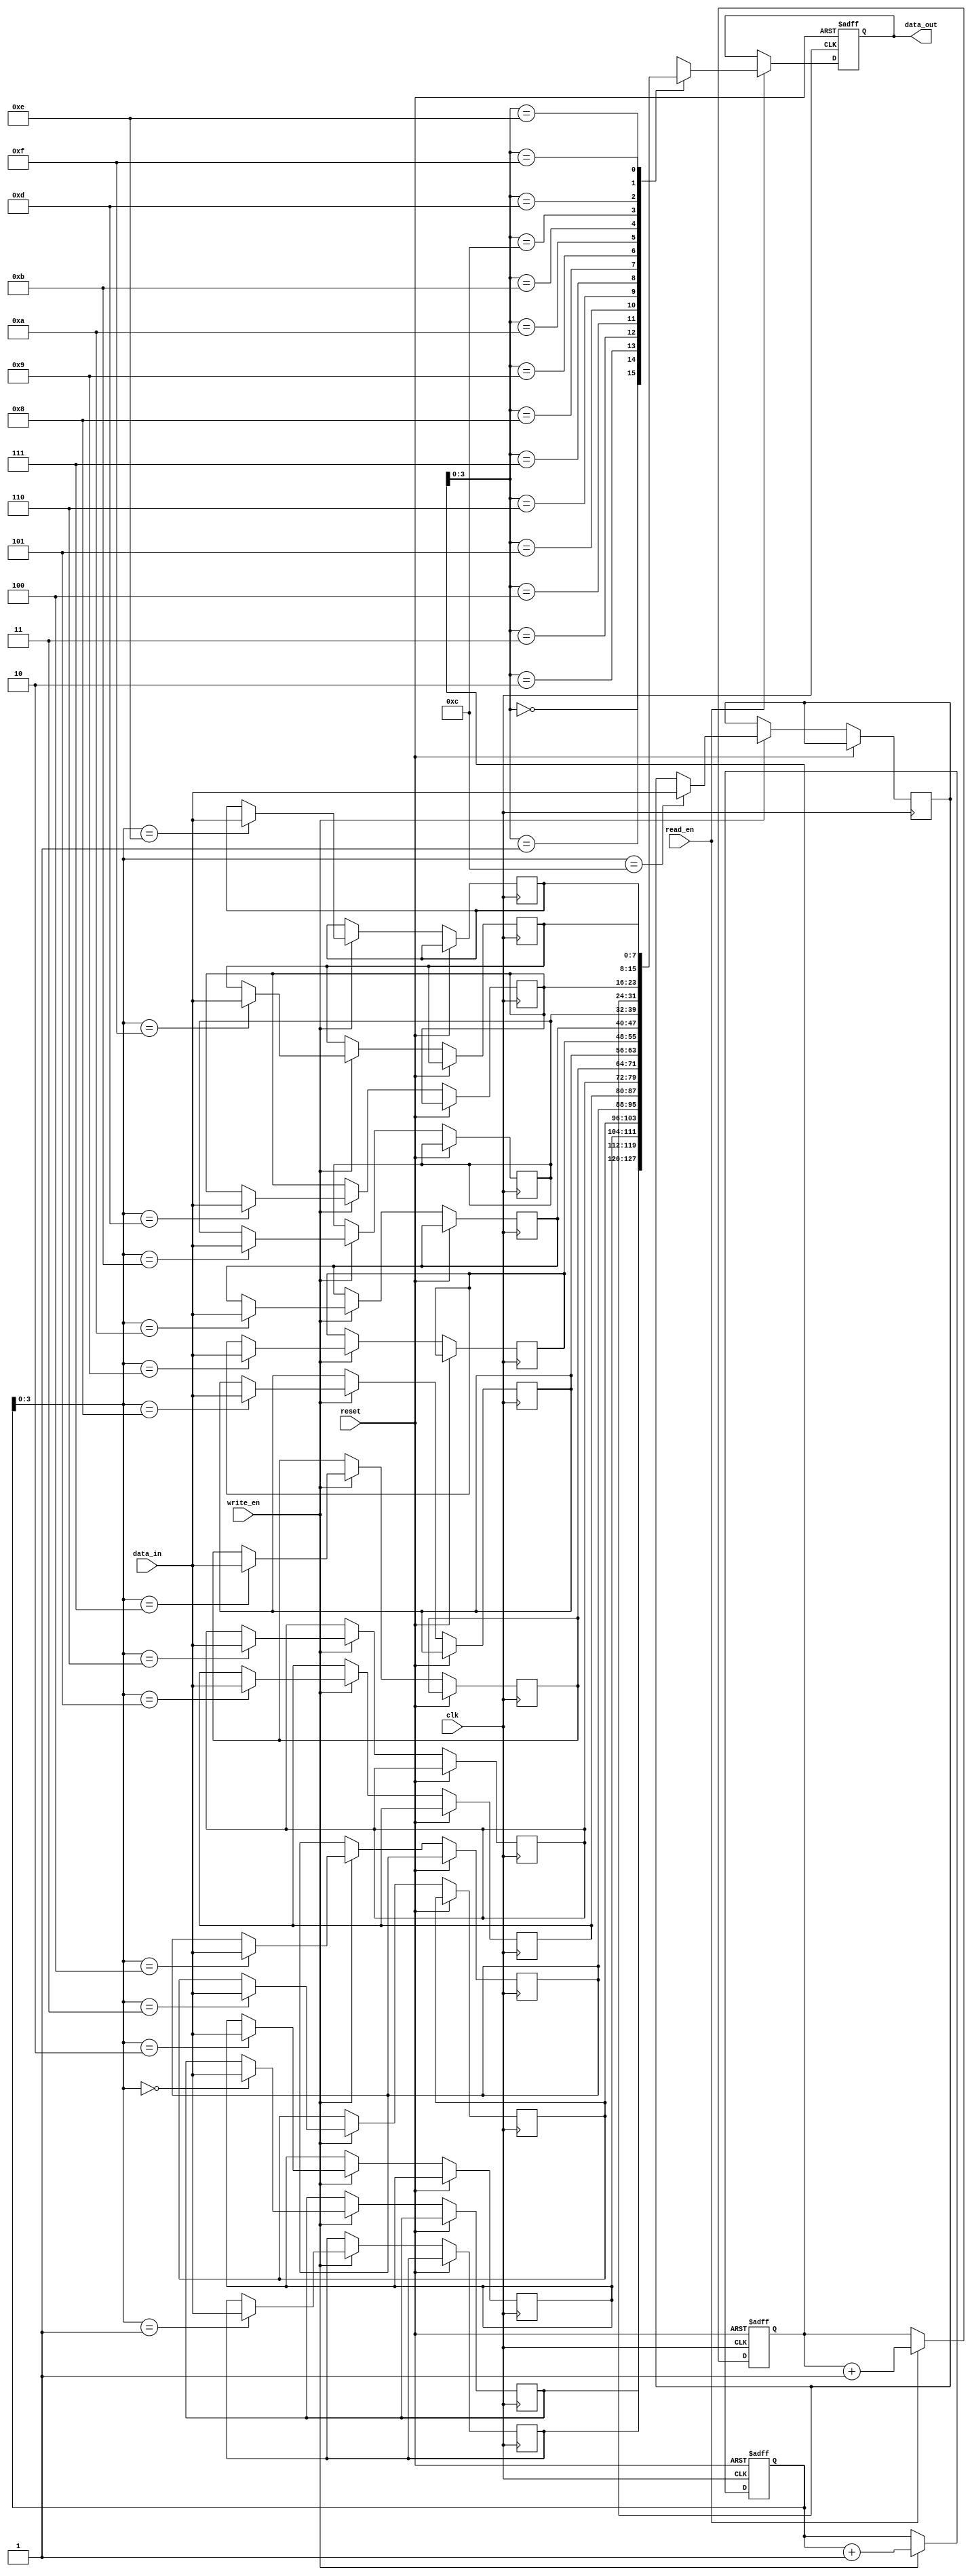
module synchronous_fifo (
    input wire clk,           // Clock signal
    input wire reset,         // Reset signal

    // Input signals
    input wire write_en,      // Write enable signal
    input wire read_en,       // Read enable signal
    input wire [DATA_WIDTH-1:0] data_in,  // Input data

    // Output signals
    output reg [DATA_WIDTH-1:0] data_out  // Output data
);

parameter DEPTH = 16;               // Depth of the FIFO
parameter DATA_WIDTH = 8;           // Width of data bus

reg [DATA_WIDTH-1:0] fifo_mem [0:DEPTH-1];  // Memory array

reg [DEPTH-1:0] write_ptr_reg;    // Write pointer
reg [DEPTH-1:0] read_ptr_reg;     // Read pointer

// Write pointer logic
always @(posedge clk or posedge reset) begin
    if (reset) begin
        write_ptr_reg <= 0;
    end else if (write_en) begin
        write_ptr_reg <= write_ptr_reg + 1;
    end
end

// Read pointer logic
always @(posedge clk or posedge reset) begin
    if (reset) begin
        read_ptr_reg <= 0;
    end else if (read_en) begin
        read_ptr_reg <= read_ptr_reg + 1;
    end
end

// Data register logic
always @(posedge clk or posedge reset) begin
    if (reset) begin
        data_out <= 0;
    end else if (read_en) begin
        data_out <= fifo_mem[read_ptr_reg];
    end
end

// Control logic
always @(posedge clk or posedge reset) begin
    if (reset) begin
        // Reset control logic here
    end else begin
        // Control logic implementation here
    end
end

// Memory array logic
always @(posedge clk or posedge reset) begin
    if (reset) begin
        // Reset memory array here
    end else if (write_en) begin
        fifo_mem[write_ptr_reg] <= data_in;
    end
end

endmodule